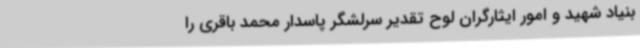
بنیاد شهید و امور ایثارگران لوح تقدیر سرلشگر پاسدار محمد باقری را